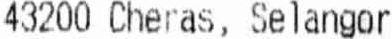
43200 CHERAS, SELANGOR